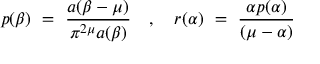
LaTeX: p ( \beta ) ~ = ~ \frac { a ( \beta - \mu ) } { \pi ^ { 2 \mu } a ( \beta ) } ~ ~ ~ , ~ ~ ~ r ( \alpha ) ~ = ~ \frac { \alpha p ( \alpha ) } { ( \mu - \alpha ) }